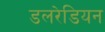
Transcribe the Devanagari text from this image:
डलरेडियन